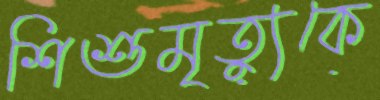
শিশুমৃত্যুকে